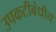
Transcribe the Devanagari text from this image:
उपकटीबंधीय